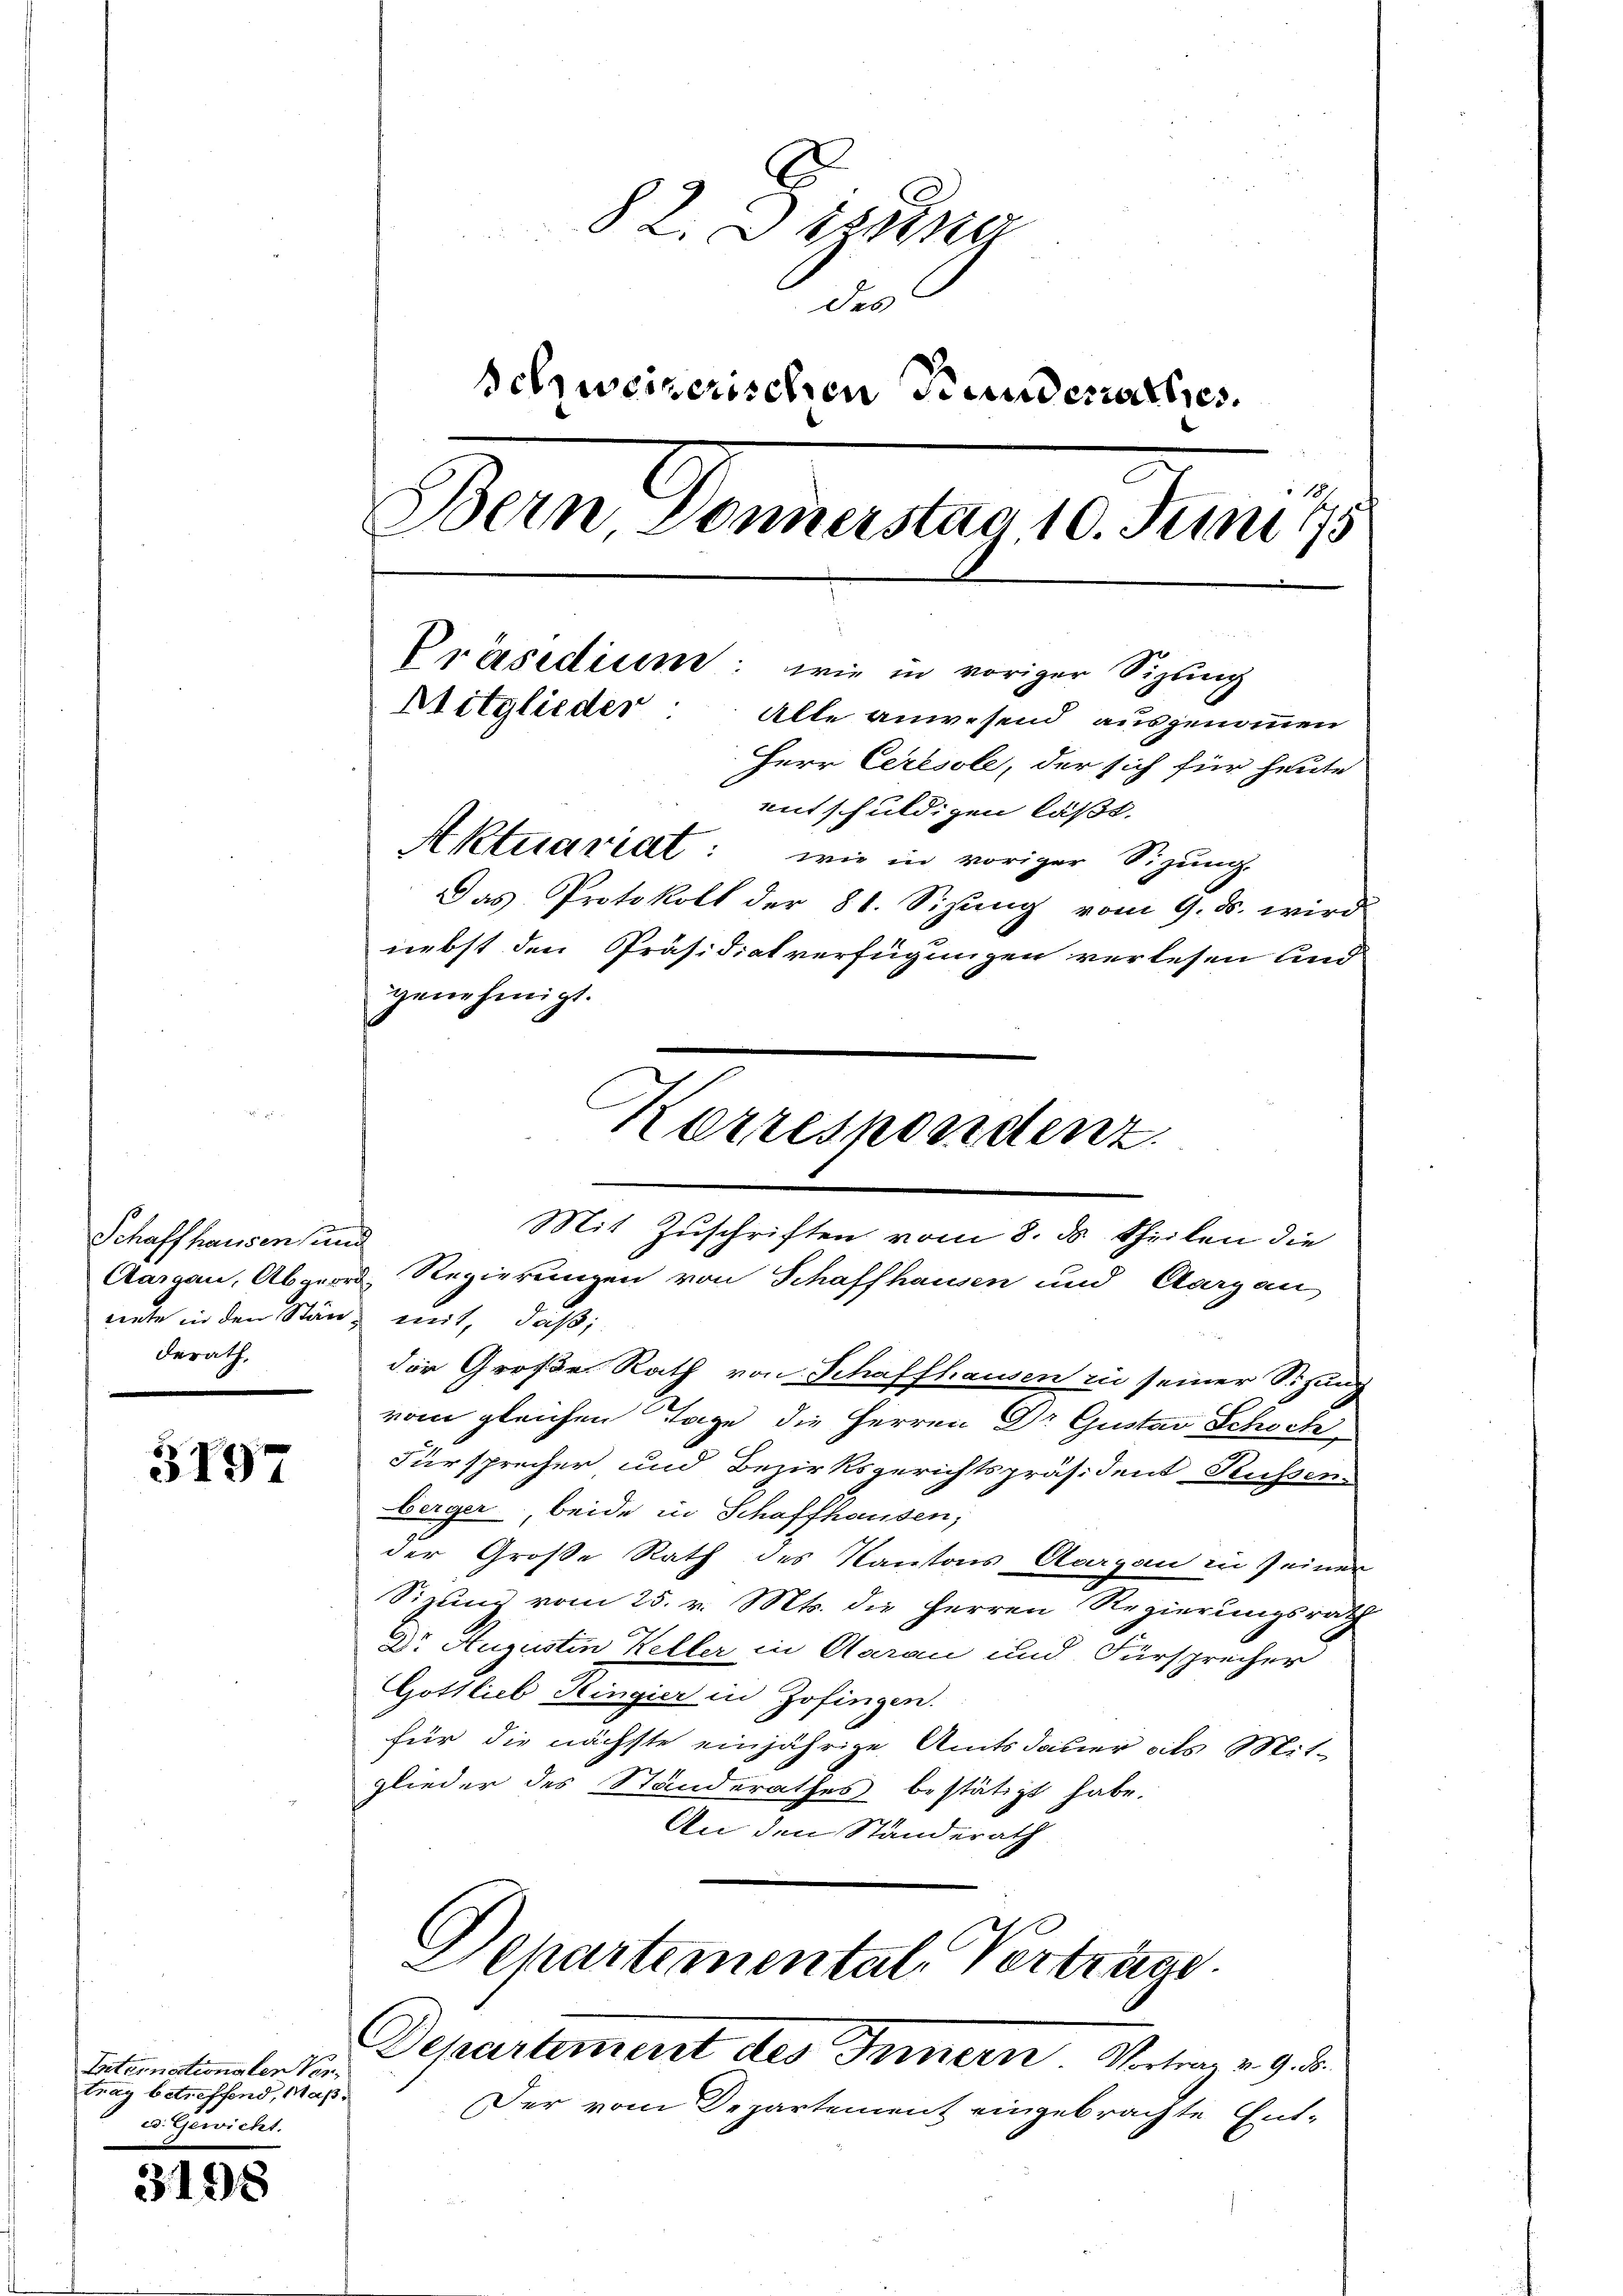
Schaffhausen und
nnte in den Stän, mit, daß,
derath,

3197

Eiternationalen Ver
trag betreffend, Maß
ed. Gewicht.

3198

82. Eisena
Jes
Schweizerischen Funderathes.
ern Donnerstag 10. Juni 195
Präsidium: wie in voriger Sizling
Mitglieder: Alle anwesend ausgenommen
Herr Ceresole, der sich für heute
entschuldigen läßt.
Aktuariat: wie in voriger Sizŭng.
Das Protokoll der 81. Sizung vom 9. ds. wird
nebst den Präsidiatverfügungen verlesen und
genehmigt.

Aargau, Abgeord, Regierungen von Schaffhausen und Aargau
der Große Rath von Schaffhausen in seiner Sitzung
vom gleichen Tage die Herren Dr Gustav Schock
Fürsprecher und Bezirksgerichtspräsident Russen-
berger, beide in Schaffhausen,
der Große Rath des Kantons Aargau in seiner
Sizung vom 25. v. Mts. die Herren Regierungsrath
Dr. Augustin Keller in Aarau und Fürsprecher
Gottlieb Hingier in Zofingen.
für die nächste einjährige Amtsdauer als Mit-
glieder des Standerathes bestätigt habe.
An den Ständerath

Korrespondenz
Mit Zuschriften vom 8. ds Theilen die

Departemental-Vertrage
Departement des Ternern Worten 29. d.

Der vom Departement eingebrachte Ent¬